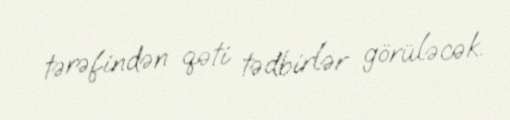
tərəfindən qəti tədbirlər görüləcək.